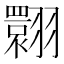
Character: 翾